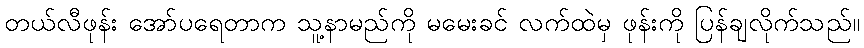
တယ်လီဖုန်း အော်ပရေတာက သူ့နာမည်ကို မမေးခင် လက်ထဲမှ ဖုန်းကို ပြန်ချလိုက်သည်။